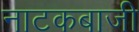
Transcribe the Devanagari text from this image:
नाटकबाजी